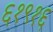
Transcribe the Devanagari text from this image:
६१९१६